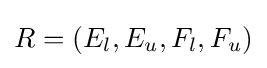
R=(E_{l},E_{u},F_{l},F_{u})